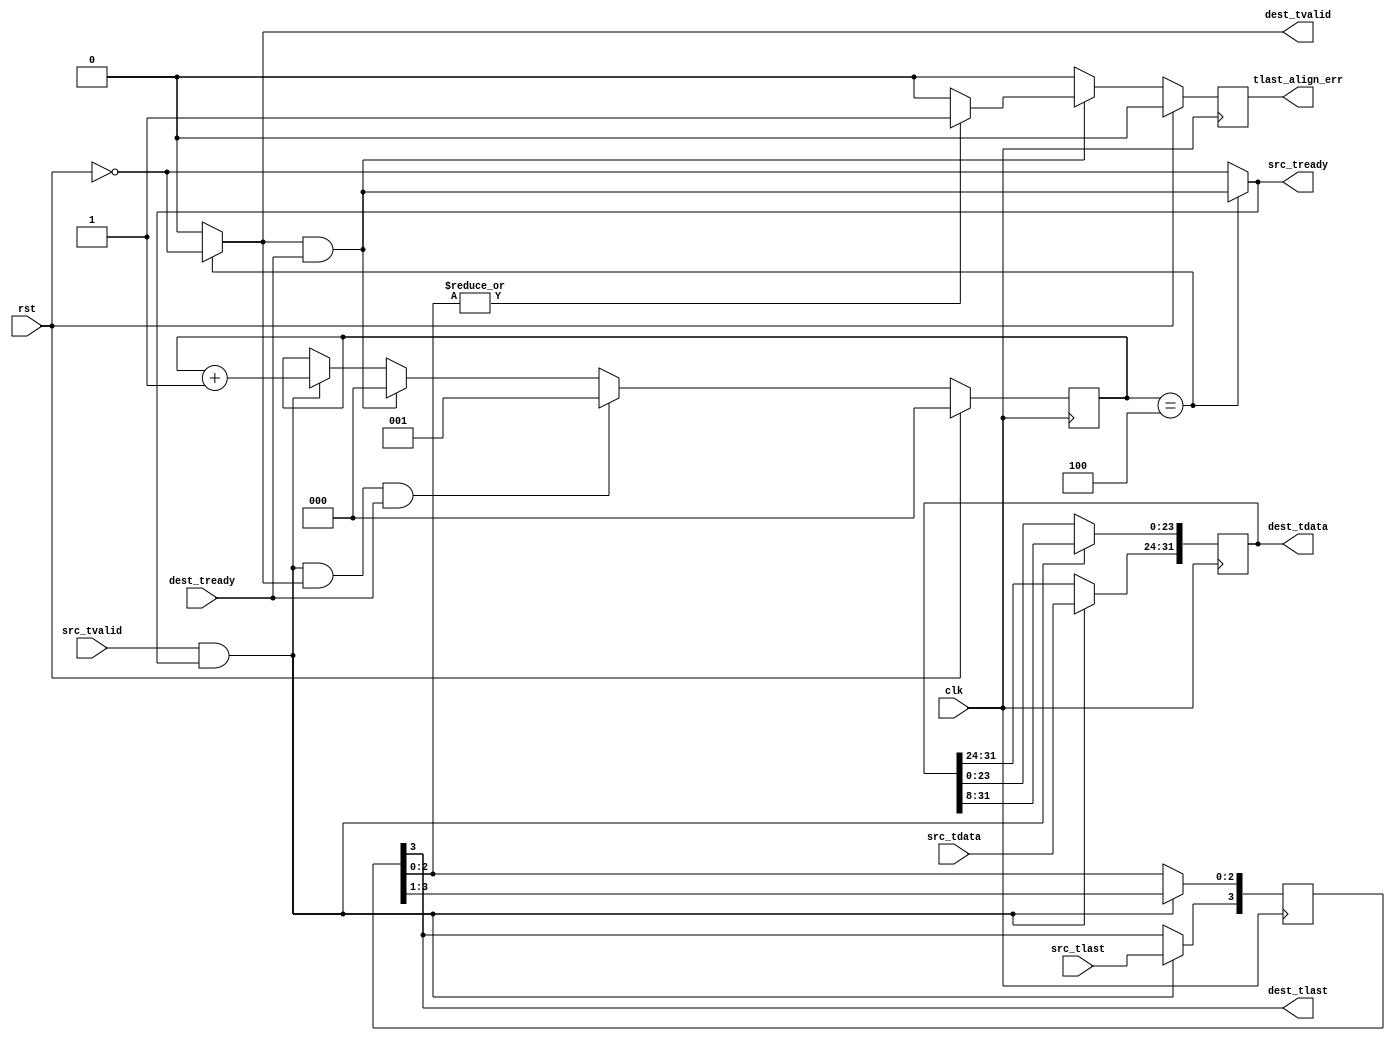
/**
 * @file axistream_pack
 * @author Trip Richert
 **/

// license at bottom of file

/**
 * @interface axistream_pack
 * @brief concatenates NUM_PACK elements from src_data and sends out dest
 * @param src_tlast may only be raised on multiples of NUM_PACK of src 
 **/

module axistream_pack
  (
   clk,
   rst,

   src_tvalid,
   src_tready,
   src_tdata,
   src_tlast, //! may only be raised on multiples of NUM_PACK of src

   dest_tvalid,
   dest_tready,
   dest_tdata,
   dest_tlast,

   tlast_align_err //! src_tlast && src_tvalid at invalid time for src_tlast
   );

   parameter DATA_WIDTH = 8;
   parameter NUM_PACK = 4;
   parameter BIG_ENDIAN = 1'b0; //! most significant word comes first from src
   

   input                              clk;
   input                              rst;

   input                              src_tvalid;
   output                             src_tready;
   input [DATA_WIDTH-1:0]             src_tdata;
   input 		              src_tlast;

   output 		              dest_tvalid;
   input 		              dest_tready;
   output [(DATA_WIDTH*NUM_PACK)-1:0] dest_tdata;
   output 			      dest_tlast;
   
   output reg 			      tlast_align_err;
   
   

   reg [(NUM_PACK*DATA_WIDTH)-1:0]   data_buf;
   reg [NUM_PACK-1:0] 		     tlast_buf;
   
   reg [$clog2(NUM_PACK+1)-1:0]       cnt;

   assign dest_tvalid = (cnt == NUM_PACK) ? !rst : 1'b0;
   assign src_tready  = (cnt == NUM_PACK) ? dest_tvalid && dest_tready : !rst;

   assign dest_tdata = data_buf;
   assign dest_tlast = (!BIG_ENDIAN)?tlast_buf[NUM_PACK-1]:tlast_buf[0];

   initial begin
      cnt <= 0;
      tlast_align_err <= 1'b0;
   end
   
   always @(posedge clk) begin
      //rst overrides cnt and tlast_align_err
      
      if (src_tvalid && src_tready) begin
	 if (!BIG_ENDIAN) begin
	       
	    data_buf[((NUM_PACK-1)*DATA_WIDTH)-1:0] 
	      <= data_buf[NUM_PACK*DATA_WIDTH-1:DATA_WIDTH];
	       
	    data_buf[NUM_PACK*DATA_WIDTH-1:(NUM_PACK-1)*DATA_WIDTH] 
	      <= src_tdata;
	       
	    tlast_buf[NUM_PACK-2:0] <= tlast_buf[NUM_PACK-1:1];
	    tlast_buf[NUM_PACK-1] <= src_tlast;
	       
	 end else begin 
	       
	    data_buf[NUM_PACK*DATA_WIDTH-1:DATA_WIDTH] 
	      <= data_buf[((NUM_PACK-1)*DATA_WIDTH)-1:0];
       
	    data_buf[DATA_WIDTH - 1 : 0] <= src_tdata;

	    tlast_buf[NUM_PACK-1:1] <= tlast_buf[NUM_PACK-2:0];
	    tlast_buf[0] <= src_tlast;
	       
	 end
      end else begin
	 data_buf <= data_buf;
	 tlast_buf <= tlast_buf;
      end
	 
      if (src_tvalid && src_tready && dest_tvalid && dest_tready) begin
	 cnt <= 1;	    
      end else if (dest_tvalid && dest_tready) begin
	 cnt <= 0;
      end else if (src_tvalid && src_tready) begin
	 cnt <= cnt + 1;
      end else begin
	 cnt <= cnt;
      end

      if (dest_tvalid && dest_tready) begin
	 if (!BIG_ENDIAN) begin
	    tlast_align_err <= (|tlast_buf[NUM_PACK-2:0])?1'b1:1'b0;
	 end else begin
	    tlast_align_err <= (|tlast_buf[NUM_PACK-1:1])?1'b1:1'b0;
	 end
      end else begin
	 tlast_align_err <= 1'b0;
      end
	 
      if (rst) begin
	 cnt <= 0;
	 tlast_align_err <= 1'b0;
      end
   end 
   
endmodule

// Copyright 2021 Trip Richert

// Permission is hereby granted, free of charge, to any person obtaining a copy
// of this software and associated documentation files (the "Software"), 
// to deal in the Software without restriction, including without limitation 
// the rights to use, copy, modify, merge, publish, distribute, sublicense, 
// and/or sell copies of the Software, and to permit persons to whom the 
// Software is furnished to do so, subject to the following conditions:

// The above copyright notice and this permission notice shall be included in 
// all copies or substantial portions of the Software.

// THE SOFTWARE IS PROVIDED "AS IS", WITHOUT WARRANTY OF ANY KIND, EXPRESS OR 
// IMPLIED, INCLUDING BUT NOT LIMITED TO THE WARRANTIES OF MERCHANTABILITY, 
// FITNESS FOR A PARTICULAR PURPOSE AND NONINFRINGEMENT. IN NO EVENT SHALL THE 
// AUTHORS OR COPYRIGHT HOLDERS BE LIABLE FOR ANY CLAIM, DAMAGES OR OTHER 
// LIABILITY, WHETHER IN AN ACTION OF CONTRACT, TORT OR OTHERWISE, ARISING FROM,
// OUT OF OR IN CONNECTION WITH THE SOFTWARE OR THE USE OR OTHER DEALINGS IN 
// THE SOFTWARE.